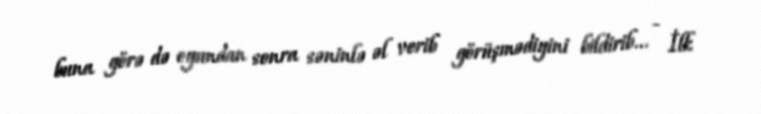
buna görə də oyundan sonra səninlə əl verib görüşmədiyini bildirib... - İlk